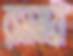
রসময়